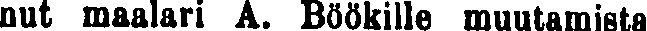
nut maalari A. Böökille muutamista